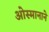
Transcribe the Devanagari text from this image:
ओस्मानाने